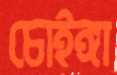
চোইঙ্গা